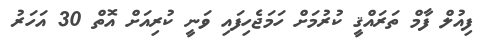
ފިއުލް ފާމް ތަރައްޤީ ކުރުމަށް ހަމަޖެހިފައި ވަނީ ކުރިއަށް އޮތް 30 އަހަރު